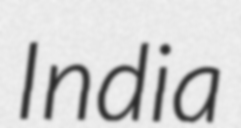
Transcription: India